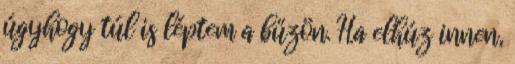
úgyhogy túl is léptem a bűzön. Ha elhúz innen,